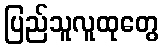
ပြည်သူလူထုတွေ